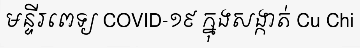
មន្ទីរពេទ្យ COVID-១៩ ក្នុងសង្កាត់ Cu Chi